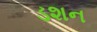
ડશન